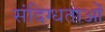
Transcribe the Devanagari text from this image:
संदिग्धताओं